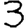
Digit: 3